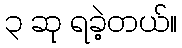
၃ ဆု ရခဲ့တယ်။